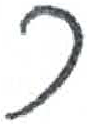
אות: ר